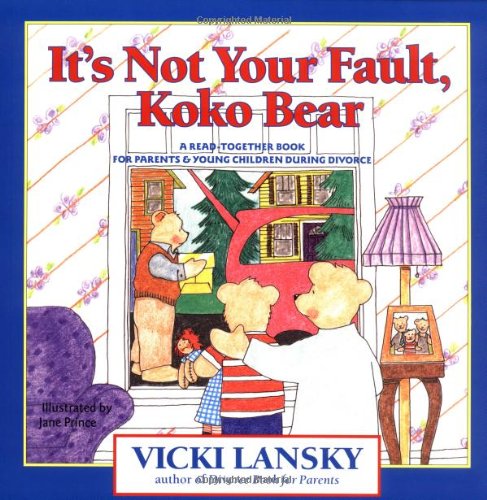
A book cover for It's Not Your Fault, Koko Bear: A Read-Together Book for Parents and Young Children During Divorce (Lansky, Vicki); Vicki Lansky; Parenting & Relationships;